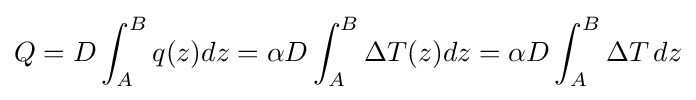
Q=D\int _{A}^{B}q(z)dz=\alpha D\int _{A}^{B}\Delta T(z)dz=\alpha D\int _{A}^{B}\Delta T\,dz